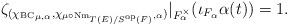
LaTeX: \begin{align*}\zeta_{({\chi_{\mathrm{BC}}}_{\mu,\alpha},\chi_{\mu\circ\mathrm{Nm}_{T(E)/S^{\mathrm{op}}(F)},\alpha})}|_{F_{\alpha}^{\times}}(\iota_{F_\alpha}\alpha(t))=1.\end{align*}